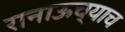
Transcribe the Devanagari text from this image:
रानाऊच्याच